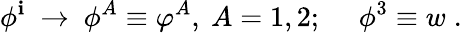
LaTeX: \phi^{\mathbf{i}}\ \rightarrow\ \phi^{A}\equiv\varphi^{A},\ A=1,2;\quad\ \phi^{3}\equiv w\; .